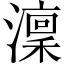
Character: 澟